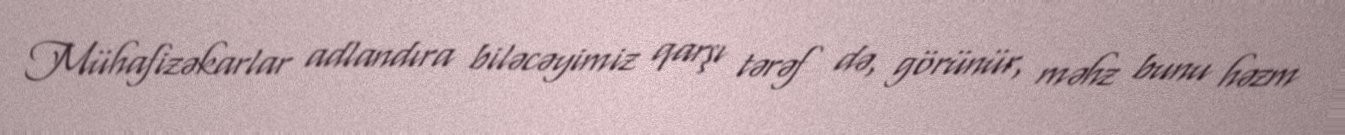
Mühafizəkarlar adlandıra biləcəyimiz qarşı tərəf də, görünür, məhz bunu həzm